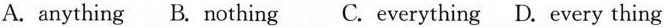
A.anything B. Nothing C.Everything D. Every thing